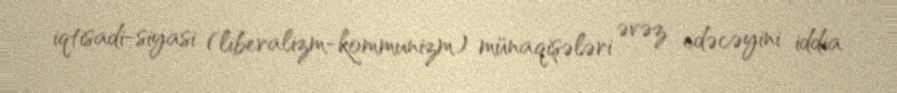
iqtisadi-siyasi (liberalizm-kommunizm) münaqişələri əvəz edəcəyini iddia